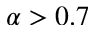
\alpha > 0 . 7